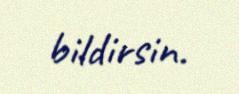
bildirsin.